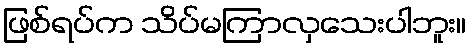
ဖြစ်ရပ်က သိပ်မကြာလှသေးပါဘူး။